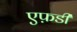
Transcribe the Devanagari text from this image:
एफ़डी